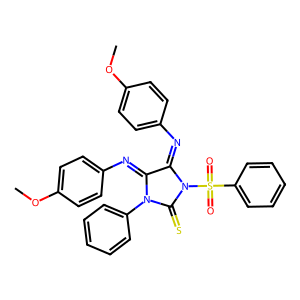
SMILES: COc1ccc(N=C2C(=Nc3ccc(OC)cc3)N(S(=O)(=O)c3ccccc3)C(=S)N2c2ccccc2)cc1
Inhibits HIV replication: No